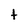
Character: t